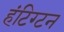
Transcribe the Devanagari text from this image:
हंटिग्टन